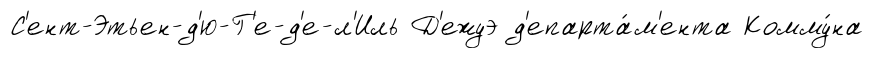
С'ент-Этьен-д'ю-Г'е-д'е-л'Иль Д'ежуэ д'епарта́м'ента Комму́на